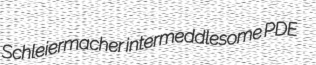
Schleiermacher intermeddlesome PDE